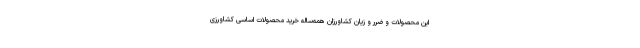
این محصولات و ضرر و زیان کشاورزان همه‌ساله خرید محصولات اساسی کشاورزی